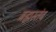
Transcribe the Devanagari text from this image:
ब्रह्मस्तंब